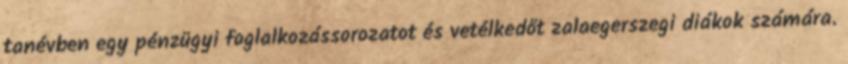
tanévben egy pénzügyi foglalkozássorozatot és vetélkedőt zalaegerszegi diákok számára.